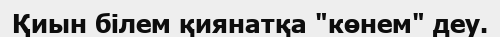
Қиын білем қиянатқа "көнем" деу.